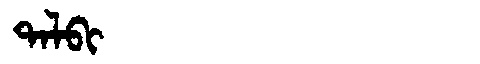
Manchu: ᡨᠠᠯᠪᡳ
Romanization: TALBI